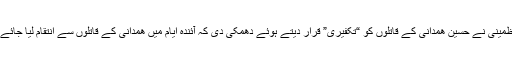
کاظمینی نے حسین ھمدانی کے قاتلوں کو “تکفیری” قرار دیتے ہوئے دھمکی دی کہ آئندہ ایام میں ھمدانی کے قاتلوں سے انتقام لیا جائےگا۔